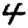
Digit: 4